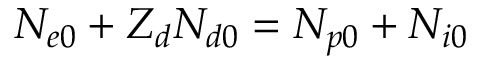
N _ { e 0 } + Z _ { d } N _ { d 0 } = N _ { p 0 } + N _ { i 0 }